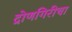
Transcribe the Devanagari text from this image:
द्रोणगिरीचा